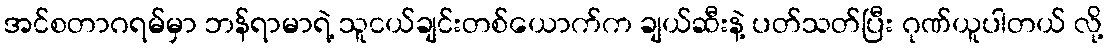
အင်စတာဂရမ်မှာ ဘန်ရာမာရဲ့ သူငယ်ချင်းတစ်ယောက်က ချယ်ဆီးနဲ့ ပတ်သတ်ပြီး ဂုဏ်ယူပါတယ် လို့